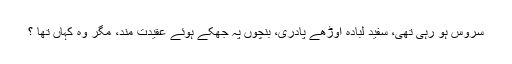
سروس ہو رہی تھی، سفید لبادہ اوڑھے پادری، بنچوں پہ جھکے ہوئے عقیدت مند، مگر وہ کہاں تھا ؟